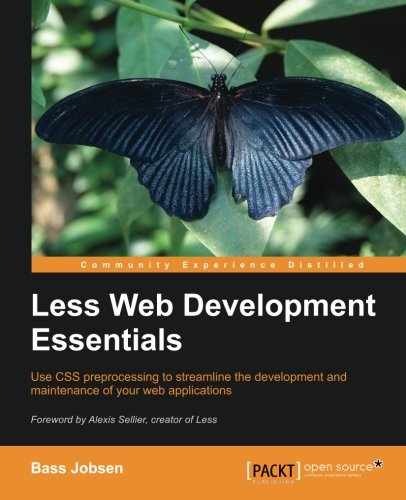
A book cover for Less Web Development Essentials; Bass Jobsen; Computers & Technology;